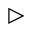
\triangleright